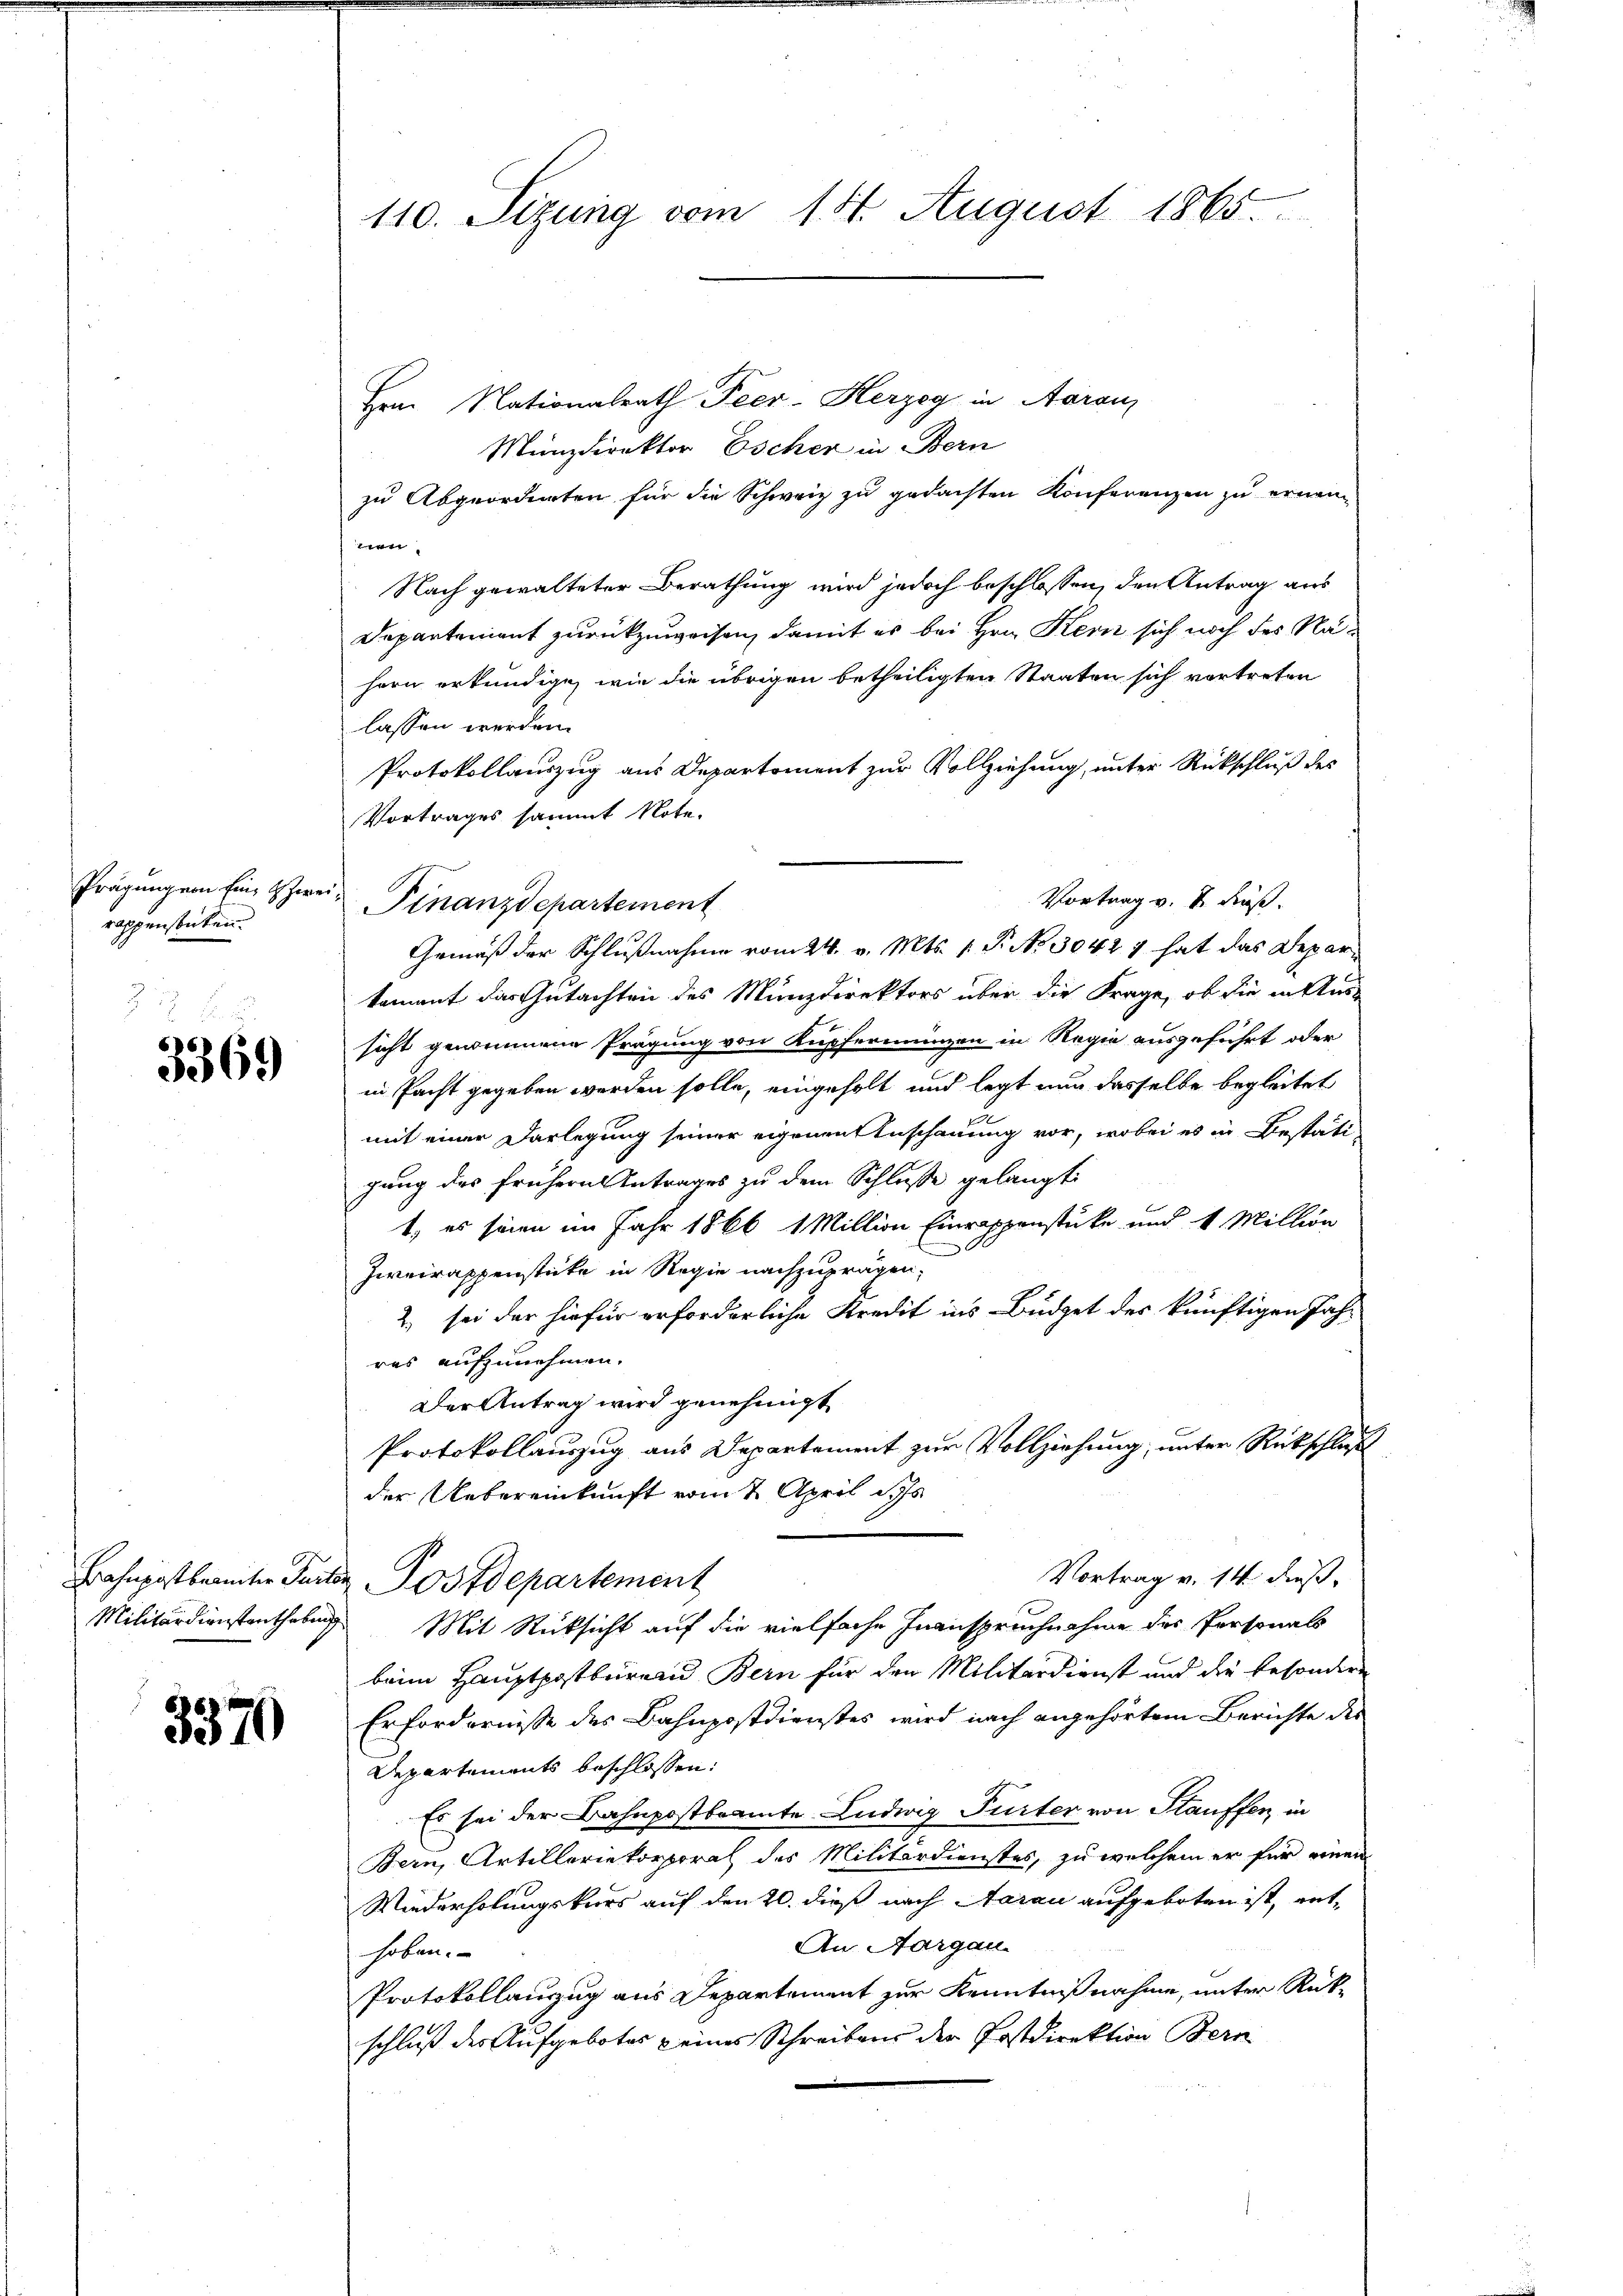
Prägung von Ein zwe
rappenstücken.

3369

3370

110. Sizung vom 18. August 1865.

Hrn. Nationalrath Peer-Herzog in Aarau
Münzdirektor Escher in Bern
zu Abgeordneten für die Schweiz zu gedachten Konferenzen zu ernann
en
Nach gewalteter Berathung wird jedoch beschlossen, den Antrag aus
Departement zurückzuweisen, damit es bei Hrn. Kern sich noch des Nähern erkundige, wie die übrigen betheiligten Staaten sich vortreten
lassen werden.
Protokollauszug aus Departement zur Vollziehung, unter Rückschluß des
Vortrages sammt Note.
Vortrag v. u. dieß.
Finanzdepartement
Gemäß der Schlußnahme vom 24. v. Mts. 1. P. No 30421 hat das Deparkoment das Gutachten des Münzdirektors über die Frage, ob die in Aus-
sicht genommene Prägung von Kupfermünzen in Regie ausgeführt oder
in Pacht gegeben werden solle, eingeholt und legt nur dasselbe begleitet
mit einer Darlegung seiner eigenen Anschauung vor, wobei es in Bestäti
gung des frühern Antrages zu dem Schlusse gelangt:
1. es seien im Jahr 1866 1 Million Einrappenstücke und 1 Million
Zweirappenstücke in Regie nachzuprägen,
2) sei der hiefür erforderliche Kredit ins Büdget des künftigen Jahr
res aufzunehmen.
Der Antrag wird genehmigt
Protokollauszug aus Departement zur Vollziehung, unter Rückschluß
der Uebereinkunft vom 7. April d. Js.
A
Vortrag v. 14. Fuß.
Bahnpostbereiter Parten Ostdepartement
Militärdienstenthebung Mit Rücksicht auf die vielfache Inanspruchnahme des Personals
beim Hauptpostbüren Bern für den Militärdienst und die besondere
Erfordernisse des Bahnpostdienstes wird nach angehörtem Berichte des
Departements beschlossen:
Es sei der Bahnpostbeamte Ludwig Furter von Stauffen, in
Bern, Artelleriekorporal des Militärdienstes, zu welchem er für einen
Wiederholungskurs auf den 20. dieß nach Aarau aufgeboten ist, ent¬
An Aargau.
hoben.
Protokollanzug aus Departement zur Kenntnißnahme, unter Rückschluß des Aufgebotes eines Schreibens der Postdirektion Bern